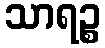
သာရဉ္စ